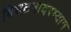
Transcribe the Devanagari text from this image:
विघटनादरम्यान